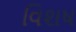
વિશષ